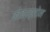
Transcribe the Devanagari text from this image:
कोक्स्सोन